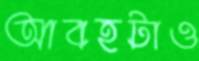
আবহটাও